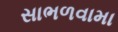
સાભળવામા